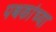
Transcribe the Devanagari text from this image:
पथकांच्या